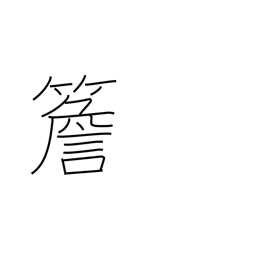
Meaning: eaves